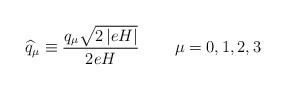
\begin{align*}\widehat{q}_{\mu }\equiv \frac{q_{\mu }\sqrt{2\left| eH\right| }}{2eH}\,\qquad \mu =0,1,2,3 \end{align*}